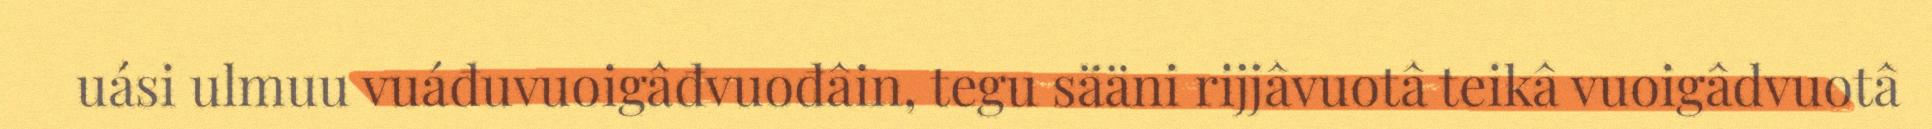
uási ulmuu vuáđuvuoigâđvuođâin, tegu sääni rijjâvuotâ teikâ vuoigâdvuotâ